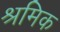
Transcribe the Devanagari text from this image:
श्रमिक